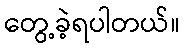
တွေ့ခဲ့ရပါတယ်။